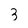
Character: 3